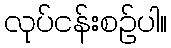
လုပ်ငန်းစဉ်ပါ။